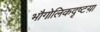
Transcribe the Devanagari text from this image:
भौगोलिकदृष्टय़ा